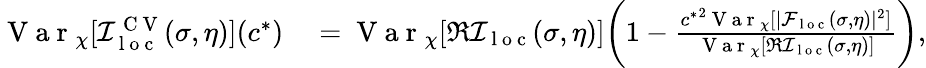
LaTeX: \begin{array}{rl}{\mathrm{~V~a~r~}_{\chi}[\mathcal{I}_{\mathrm{~l~o~c~}}^{\mathrm{~C~V~}}(\sigma,\eta)](c^{*})}&{{}=\mathrm{~V~a~r~}_{\chi}[\Re\mathcal{I}_{\mathrm{~l~o~c~}}(\sigma,\eta)]\bigg(1-\frac{{c^{*}}^{2}\mathrm{~V~a~r~}_{\chi}[|\mathcal{F}_{\mathrm{~l~o~c~}}(\sigma,\eta)|^{2}]}{\mathrm{~V~a~r~}_{\chi}[\Re\mathcal{I}_{\mathrm{~l~o~c~}}(\sigma,\eta)]}\bigg),}\end{array}